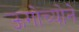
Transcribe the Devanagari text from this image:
ऊगोच्योने